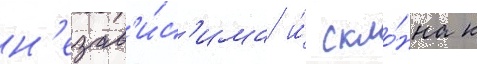
н'езав'и́с'има и́ скло́нна к